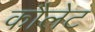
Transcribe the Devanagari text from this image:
कौलेट